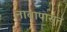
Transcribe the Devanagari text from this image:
नावापासुन